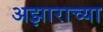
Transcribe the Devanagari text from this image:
अझाराच्या